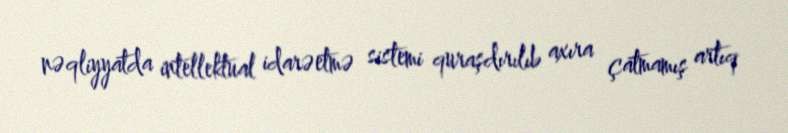
nəqliyyatda intellektual idarəetmə sistemi quraşdırılıb axıra çatmamış artıq